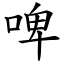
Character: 啤